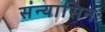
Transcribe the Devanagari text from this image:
संन्यासिनः